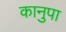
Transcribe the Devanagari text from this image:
कानुपा